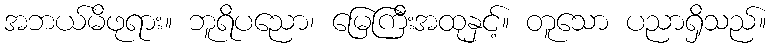
အဘယ်မိဖုရား။ ဘူရိပညော၊ မြေကြီးအထုနှင့်။ တူသော ပညာရှိသည်။